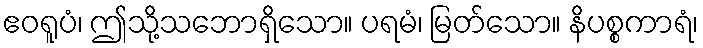
ဧဝရူပံ၊ ဤသို့သဘောရှိသော။ ပရမံ၊ မြတ်သော။ နိပစ္စကာရံ၊